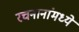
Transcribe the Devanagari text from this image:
रचनानांमध्ये